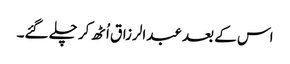
اس کے بعد عبدالرزاق اُٹھ کر چلے گئے۔